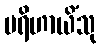
ပရိဟာယိံသု